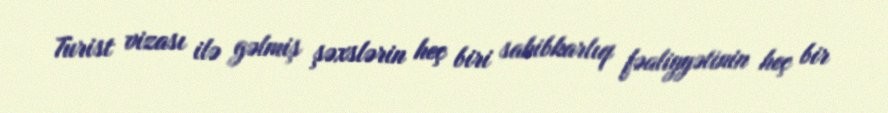
Turist vizası ilə gəlmiş şəxslərin heç biri sahibkarlıq fəaliyyətinin heç bir